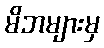
မိဘများမှ